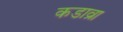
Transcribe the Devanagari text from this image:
कडाव्रा